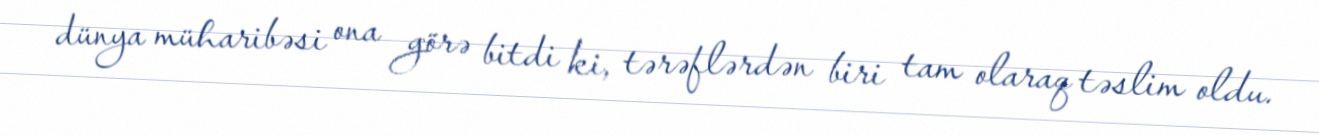
dünya müharibəsi ona görə bitdi ki, tərəflərdən biri tam olaraq təslim oldu.